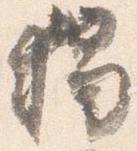
独